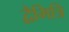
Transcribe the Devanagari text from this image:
द्वैमित्रि